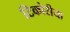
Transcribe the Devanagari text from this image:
टिकोरीया